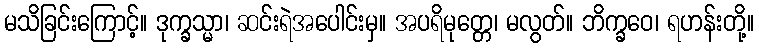
မသိခြင်းကြောင့်။ ဒုက္ခသ္မာ၊ ဆင်းရဲအပေါင်းမှ။ အပရိမုတ္တေ၊ မလွတ်။ ဘိက္ခဝေ၊ ရဟန်းတို့။